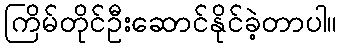
ကြိမ်တိုင်ဦးဆောင်နိုင်ခဲ့တာပါ။